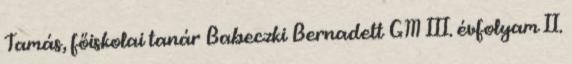
Tamás, főiskolai tanár Babeczki Bernadett GM III. évfolyam II.